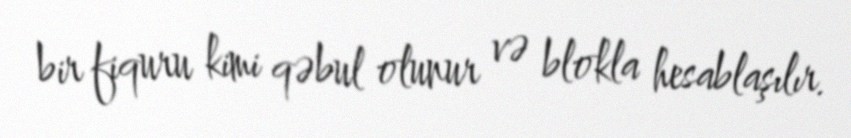
bir fiquru kimi qəbul olunur və blokla hesablaşılır.